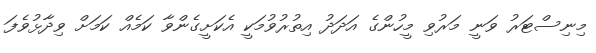
މިނިސްޓަރު ވަނީ މަރުވި މީހުންގެ އަދަދު އިތުރުވުމަކީ އެކަށީގެންވާ ކަމެއް ކަމަށް ވިދާޅުވެފަ